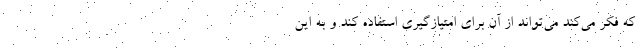
که فکر می‌کند می‌تواند از آن برای امتیازگیری استفاده کند و به این